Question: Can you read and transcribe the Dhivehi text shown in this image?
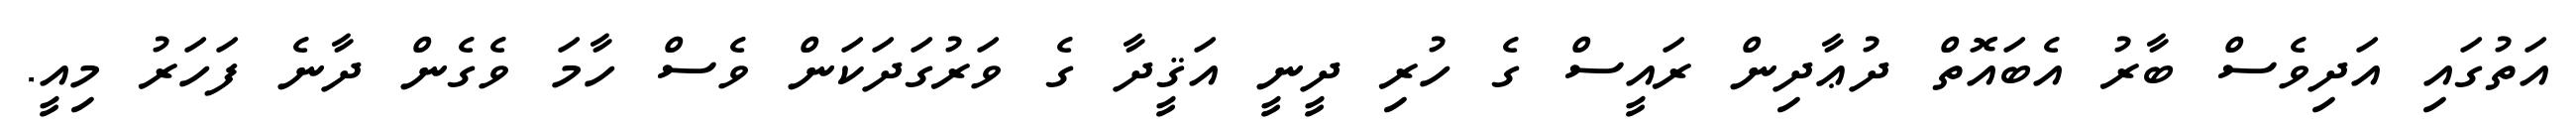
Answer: އަތުގައި އަދިވެސް ބާރު އެބައޮތް ދުޢާދިން ރައީސް ގެ ހުރި ދީނީ އަޤީދާ ގެ ވަރުގަދަކަން ވެސް ހާމަ ވެގެން ދާނެ ފަހަރު މިއީ.